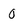
Character: 0